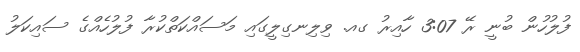
ފުލުހުން ބުނީ ރޭ 3:07 ހާއިރު ގއ. ވިލިނގިލީގައި މަސައްކަތްކުރާ ފުލުހެއްގެ ސައިކަލު